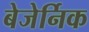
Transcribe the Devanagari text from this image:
बेजेर्निक